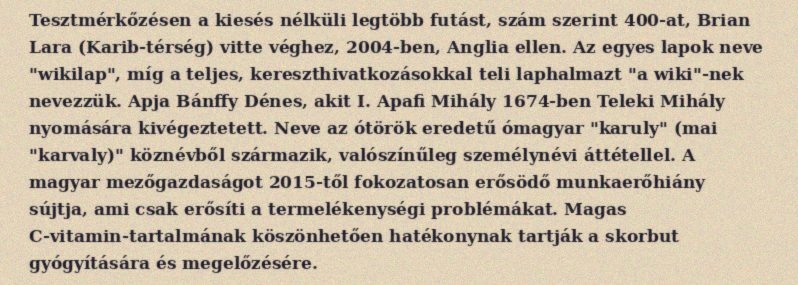
Tesztmérkőzésen a kiesés nélküli legtöbb futást, szám szerint 400-at, Brian Lara (Karib-térség) vitte véghez, 2004-ben, Anglia ellen. Az egyes lapok neve "wikilap", míg a teljes, kereszthivatkozásokkal teli laphalmazt "a wiki"-nek nevezzük. Apja Bánffy Dénes, akit I. Apafi Mihály 1674-ben Teleki Mihály nyomására kivégeztetett. Neve az ótörök eredetű ómagyar "karuly" (mai "karvaly)" köznévből származik, valószínűleg személynévi áttétellel. A magyar mezőgazdaságot 2015-től fokozatosan erősödő munkaerőhiány sújtja, ami csak erősíti a termelékenységi problémákat. Magas C-vitamin-tartalmának köszönhetően hatékonynak tartják a skorbut gyógyítására és megelőzésére.